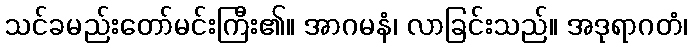
သင်ခမည်းတော်မင်းကြီး၏။ အာဂမနံ၊ လာခြင်းသည်။ အဒုရာဂတံ၊